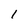
Character: 1